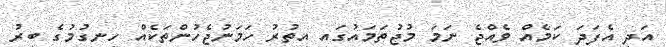
އަދި އެފަދަ ކަމެއް ވެއްޖެ ނަމަ މުޖުތަމައުގައި އިތުރު ހަމަނުޖެހުންތަކެއް ހިނގުމުގެ ބިރު